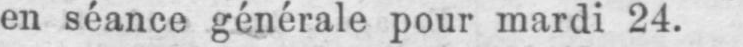
en séance générale pour mardi 24.